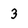
Character: 3